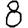
Digit: 8